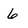
Character: 6